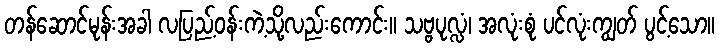
တန်ဆောင်မုန်းအခါ လပြည့်ဝန်းကဲ့သို့လည်းကောင်း။ သဗ္ဗပုလ္လံ၊ အလုံးစုံ ပင်လုံးကျွတ် ပွင့်သော။